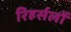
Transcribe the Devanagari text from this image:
रिहर्सलों